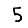
Digit: 5